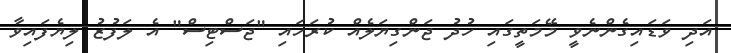
އަދި ވަޑައިގެންނެވީ މޭމަތީގައި ހުދު ޖަންގިޔަލެއް ކުރަހައި "ޖަސްޓިސް" އެ ލަފުޒު ލިޔެފައިވާ